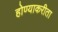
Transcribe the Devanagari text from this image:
होण्याकरीता